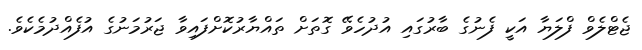
ޖެޓްލެވް ފްލަޔާ އަކީ ފެނުގެ ބާރުގައި އުދުހެވޭ ގޮތަށް ތައްޔާރުކޮށްފައިވާ ޖަރުމަނުގެ އުފެއްދުމެކެވެ.